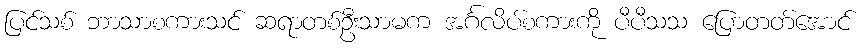
ပြင်သစ် ဘာသာစကားသင် ဆရာတစ်ဦးသာမက အင်္ဂလိပ်စကားကို ပီပီသသ ပြောတတ်အောင်